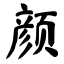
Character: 颜